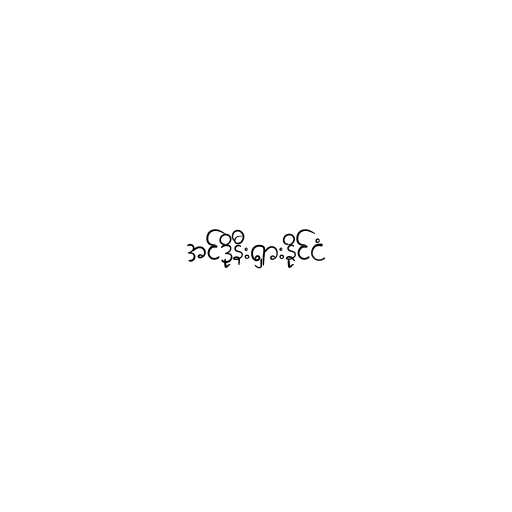
အင်ဒိုနီးရှားနိုင်ငံ